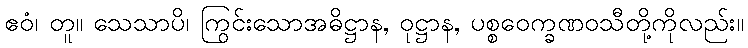
ဧဝံ၊ တူ။ သေသာပိ၊ ကြွင်းသောအဓိဋ္ဌာန, ဝုဋ္ဌာန, ပစ္စဝေက္ခဏဝသီတို့ကိုလည်း။